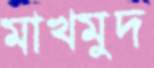
মাখমুদ